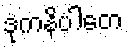
ဒုကနိပါတေ